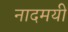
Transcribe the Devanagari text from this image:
नादमयी